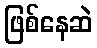
ဖြစ်နေဆဲ